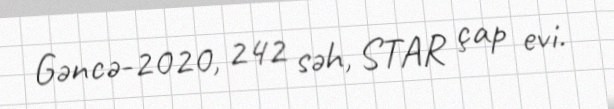
Gəncə-2020, 242 səh, STAR çap evi.